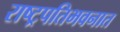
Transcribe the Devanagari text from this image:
राष्ट्रपतिभवनात